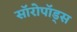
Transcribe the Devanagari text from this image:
सॉरोपॉड्स